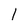
Character: 1